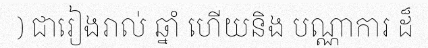
) ជារៀងរាល់ ឆ្នាំ ហើយនិង បណ្ណាការ ដ៏